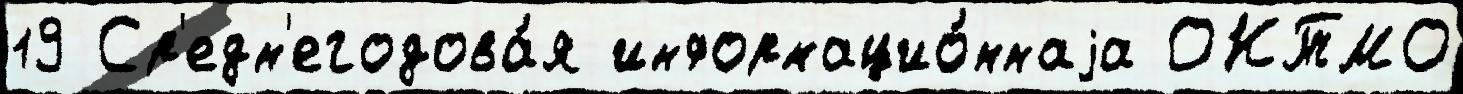
19 Ср'едн'егодова́я информацио́ннаjа ОКТМО